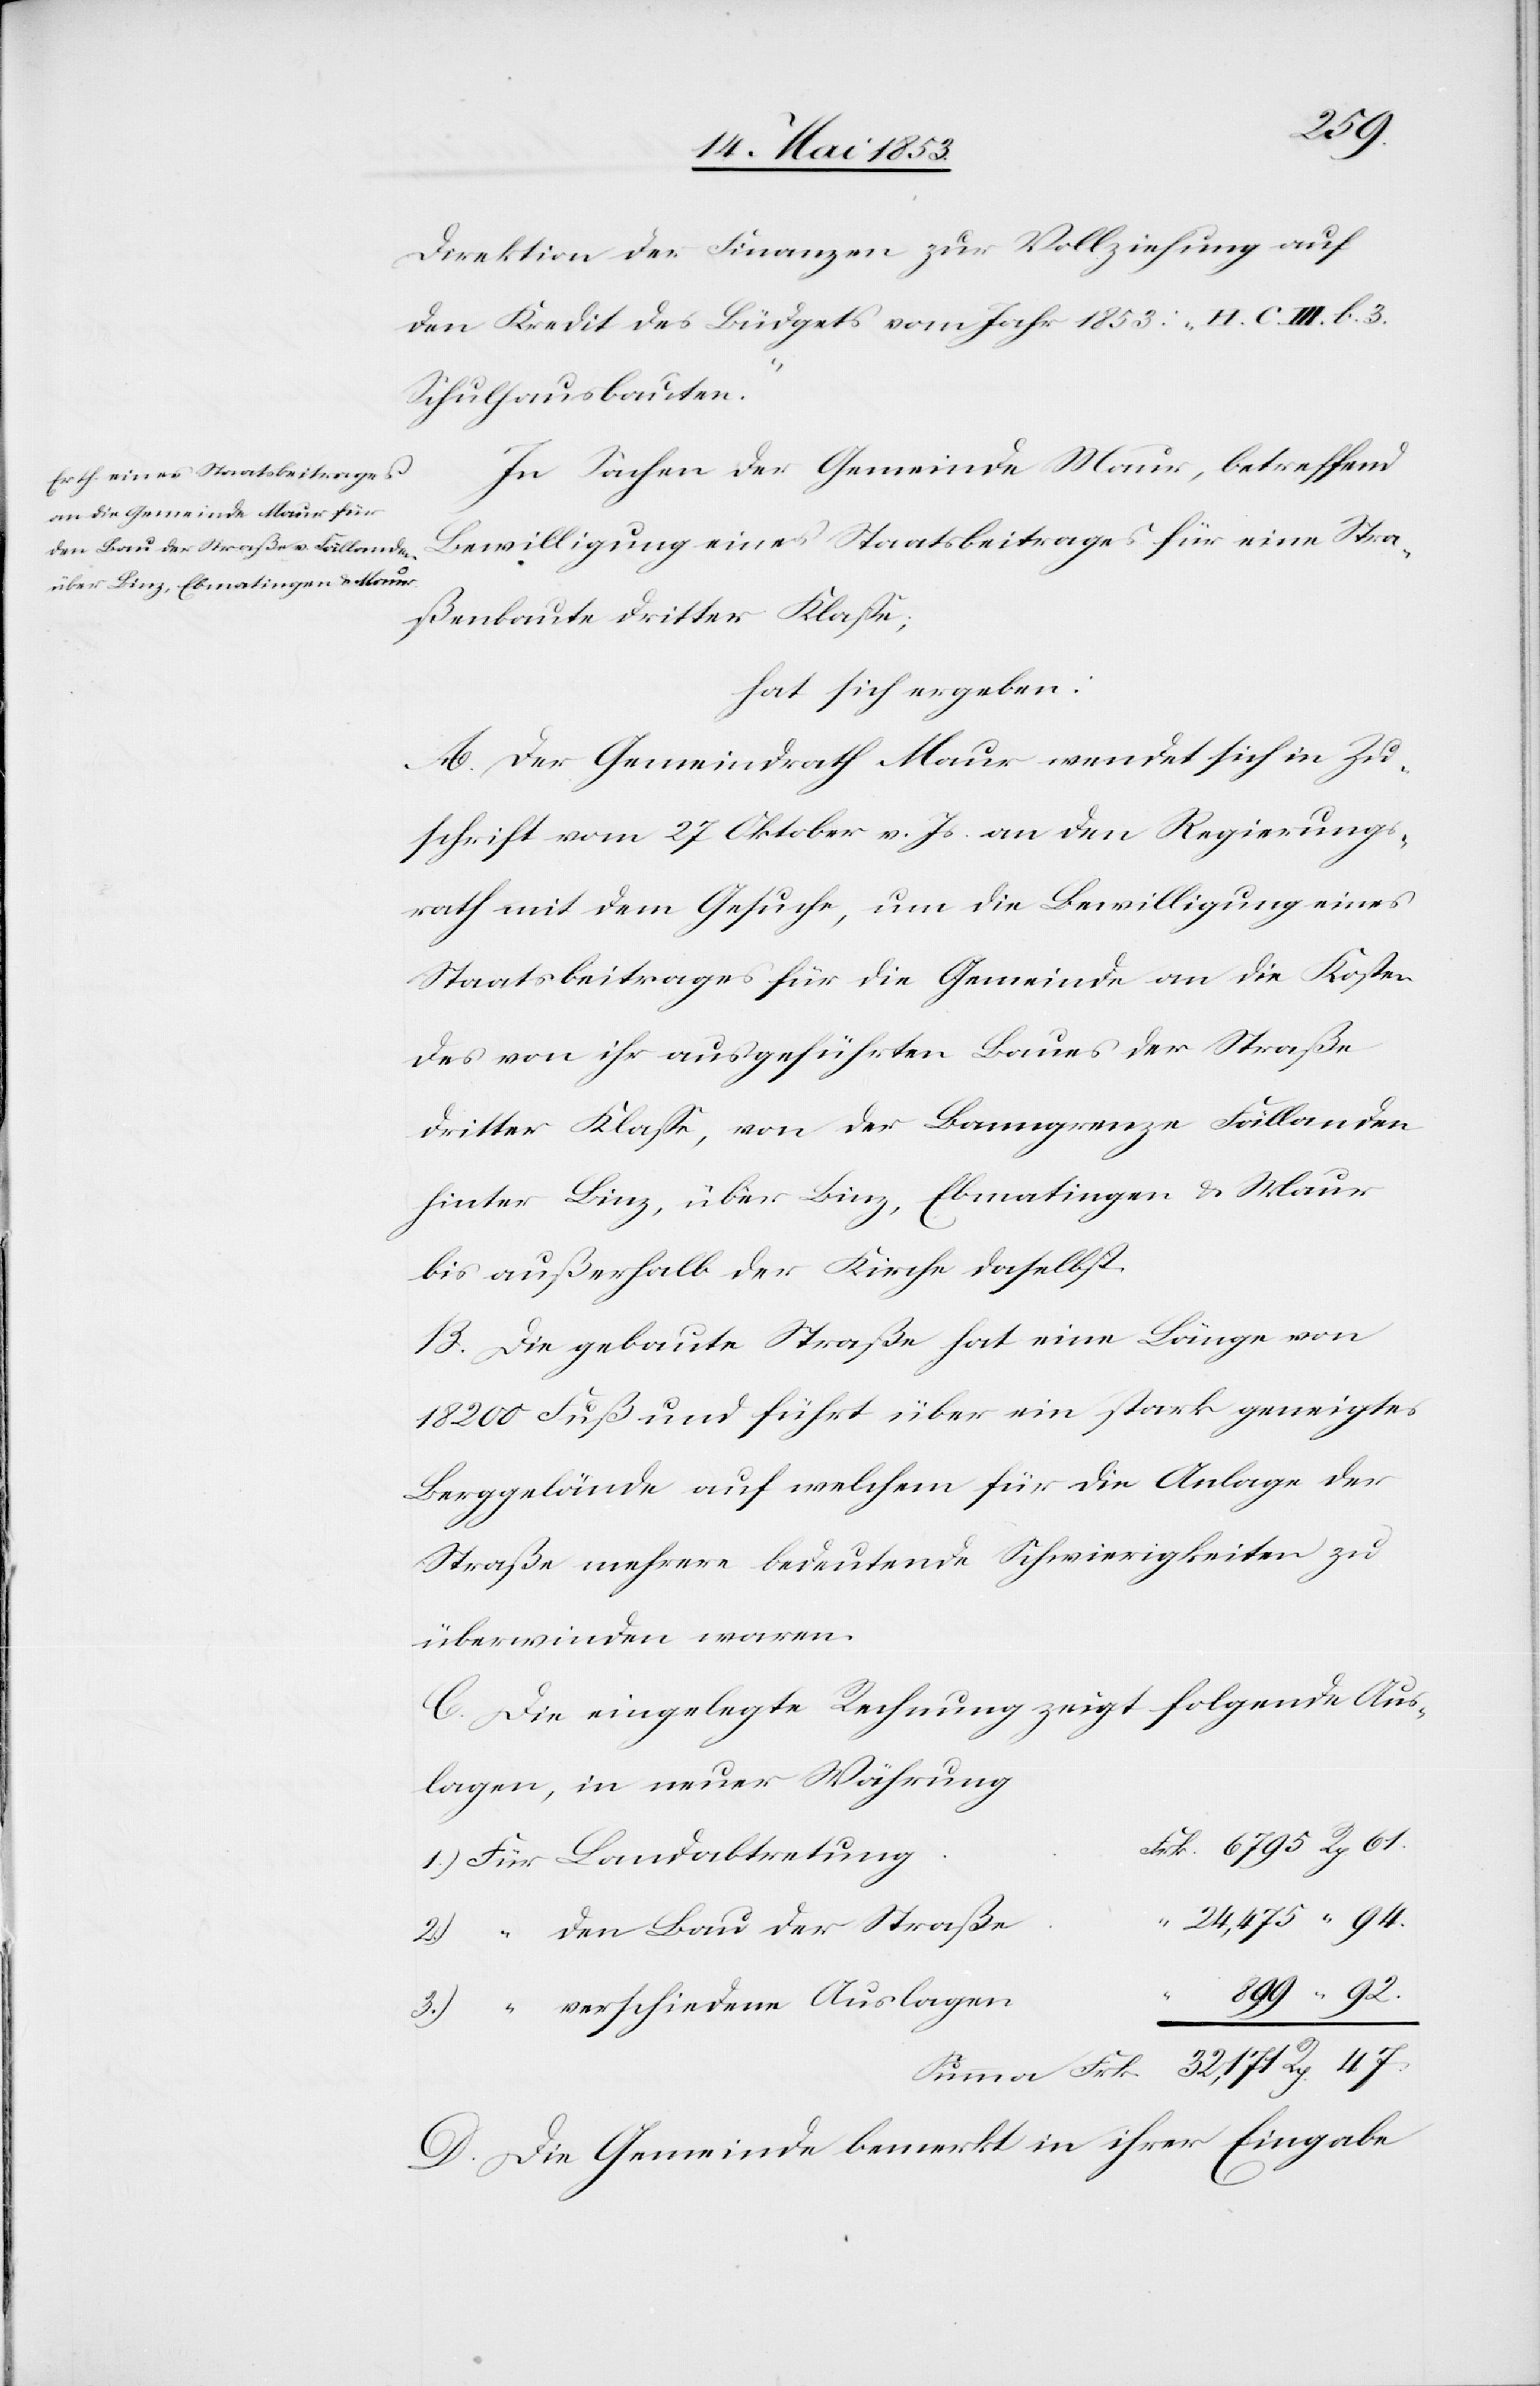
Direktion der Finanzen zur Vollziehung auf
den Kredit des Büdgets vom Jahr 1853: „H. C. III. b. 3
Schulhausbauten.“
In Sachen der Gemeinde Maur, betreffend
Bewilligung eines Staatsbeitrages für eine Stra¬
ßenbaute dritter Klaße;
hat sich ergeben:
A. Der Gemeindrath Maur wendet sich in Zu¬
schrift vom 27 Oktober v. Js. an den Regierungs¬
rath mit dem Gesuche, um die Bewilligung eines
Staatsbeitrages für die Gemeinde an die Kosten
des von ihr ausgeführten Baues der Straße
dritter Klaße, von der Banngrenze Fällanden
hinter Binz, über Binz, Ebmatingen u. Maur
bis außerhalb der Kirche daselbst.
B. Die gebaute Straße hat eine Länge von
18 200 Fuß und führt über ein stark geneigtes
Berggebäude auf welchem für die Anlage der
Straße mehrere bedeutende Schwierigkeiten zu
überwinden waren.
C. Die eingelegte Rechnung zeigt folgende Aus¬
lagen, in neuer Währung
rk. 6795. 	Rp. 61
1) Für Landabtretun¬
2)
Bau der
Summa 32,171 Rp. 47.
D. Die Gemeinde bemerkt in ihrer Eingabe